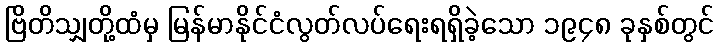
ဗြိတိသျှတို့ထံမှ မြန်မာနိုင်ငံလွတ်လပ်ရေးရရှိခဲ့သော ၁၉၄၈ ခုနှစ်တွင်